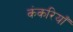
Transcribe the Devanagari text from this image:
कंकरियाँ